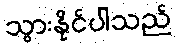
သွားနိုင်ပါသည်